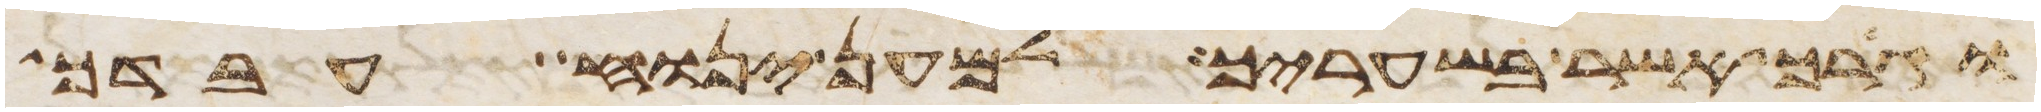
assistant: וגרך אשר בשעריך למען ינוח עבדך